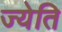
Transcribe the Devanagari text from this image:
ज्येति